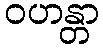
ဝဟန္တာ